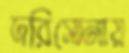
দরিসোনায়